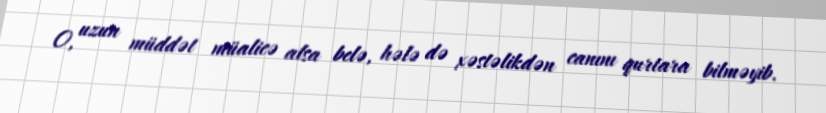
O, uzun müddət müalicə alsa belə, hələ də xəstəlikdən canını qurtara bilməyib.